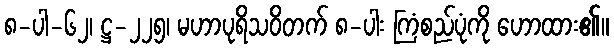
၈-ပါ-၆၂၊ ဋ္ဌ-၂၂၅၊ မဟာပုရိသဝိတက် ၈-ပါး ကြံစည်ပုံကို ဟောထား၏။